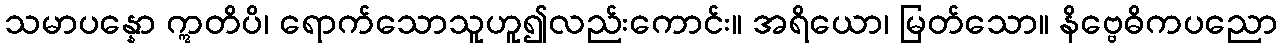
သမာပန္နော ဣတိပိ၊ ရောက်သောသူဟူ၍လည်းကောင်း။ အရိယော၊ မြတ်သော။ နိဗ္ဗေဓိကပညော